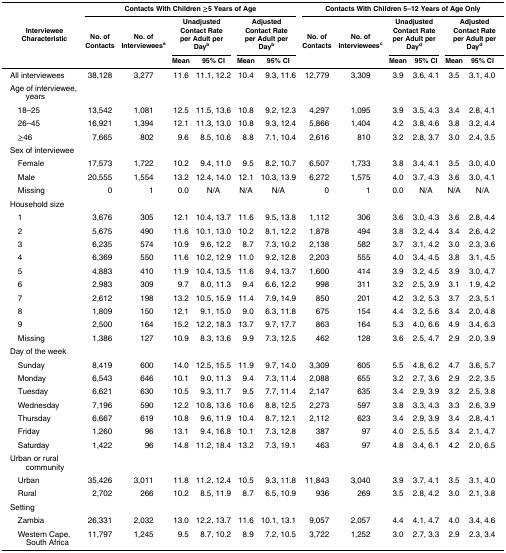
<table><thead><tr><td rowspan="3"><b>Interviewee Characteristic</b></td><td colspan="6"><b>Contacts With Children ≥5 Years of Age</b></td><td colspan="6"><b>Contacts With Children 5–12 Years of Age Only</b></td></tr><tr><td rowspan="2"><b>No. of Contacts</b></td><td rowspan="2"><b>No. of Interviewees<sup>a</sup></b></td><td colspan="2"><b>Unadjusted Contact Rate per Adult per Day<sup>b</sup></b></td><td colspan="2"><b>Adjusted Contact Rate per Adult per Day<sup>b</sup></b></td><td rowspan="2"><b>No. of Contacts</b></td><td rowspan="2"><b>No. of Interviewees<sup>c</sup></b></td><td colspan="2"><b>Unadjusted Contact Rate per Adult per Day<sup>d</sup></b></td><td colspan="2"><b>Adjusted Contact Rate per Adult per Day<sup>d</sup></b></td></tr><tr><td><b>Mean</b></td><td><b>95% CI</b></td><td><b>Mean</b></td><td><b>95% CI</b></td><td><b>Mean</b></td><td><b>95% CI</b></td><td><b>Mean</b></td><td><b>95% CI</b></td></tr></thead><tbody><tr><td>All interviewees</td><td>38,128</td><td>3,277</td><td>11.6</td><td>11.1, 12.2</td><td>10.4</td><td>9.3, 11.6</td><td>12,779</td><td>3,309</td><td>3.9</td><td>3.6, 4.1</td><td>3.5</td><td>3.1, 4.0</td></tr><tr><td>Age of interviewee, years</td><td></td><td></td><td></td><td></td><td></td><td></td><td></td><td></td><td></td><td></td><td></td><td></td></tr><tr><td> 18–25</td><td>13,542</td><td>1,081</td><td>12.5</td><td>11.5, 13.6</td><td>10.8</td><td>9.2, 12.3</td><td>4,297</td><td>1,095</td><td>3.9</td><td>3.5, 4.3</td><td>3.4</td><td>2.8, 4.1</td></tr><tr><td> 26–45</td><td>16,921</td><td>1,394</td><td>12.1</td><td>11.3, 13.0</td><td>10.8</td><td>9.3, 12.4</td><td>5,866</td><td>1,404</td><td>4.2</td><td>3.8, 4.6</td><td>3.8</td><td>3.2, 4.4</td></tr><tr><td> ≥46</td><td>7,665</td><td>802</td><td>9.6</td><td>8.5, 10.6</td><td>8.8</td><td>7.1, 10.4</td><td>2,616</td><td>810</td><td>3.2</td><td>2.8, 3.7</td><td>3.0</td><td>2.4, 3.5</td></tr><tr><td>Sex of interviewee</td><td></td><td></td><td></td><td></td><td></td><td></td><td></td><td></td><td></td><td></td><td></td><td></td></tr><tr><td> Female</td><td>17,573</td><td>1,722</td><td>10.2</td><td>9.4, 11.0</td><td>9.5</td><td>8.2, 10.7</td><td>6,507</td><td>1,733</td><td>3.8</td><td>3.4, 4.1</td><td>3.5</td><td>3.0, 4.0</td></tr><tr><td> Male</td><td>20,555</td><td>1,554</td><td>13.2</td><td>12.4, 14.0</td><td>12.1</td><td>10.3, 13.9</td><td>6,272</td><td>1,575</td><td>4.0</td><td>3.7, 4.3</td><td>3.6</td><td>3.0, 4.1</td></tr><tr><td> Missing</td><td>0</td><td>1</td><td>0.0</td><td>N/A</td><td>N/A</td><td>N/A</td><td>0</td><td>1</td><td>0.0</td><td>N/A</td><td>N/A</td><td>N/A</td></tr><tr><td>Household size</td><td></td><td></td><td></td><td></td><td></td><td></td><td></td><td></td><td></td><td></td><td></td><td></td></tr><tr><td> 1</td><td>3,676</td><td>305</td><td>12.1</td><td>10.4, 13.7</td><td>11.6</td><td>9.5, 13.8</td><td>1,112</td><td>306</td><td>3.6</td><td>3.0, 4.3</td><td>3.6</td><td>2.8, 4.4</td></tr><tr><td> 2</td><td>5,675</td><td>490</td><td>11.6</td><td>10.1, 13.0</td><td>10.2</td><td>8.1, 12.2</td><td>1,878</td><td>494</td><td>3.8</td><td>3.2, 4.4</td><td>3.4</td><td>2.6, 4.2</td></tr><tr><td> 3</td><td>6,235</td><td>574</td><td>10.9</td><td>9.6, 12.2</td><td>8.7</td><td>7.3, 10.2</td><td>2,138</td><td>582</td><td>3.7</td><td>3.1, 4.2</td><td>3.0</td><td>2.3, 3.6</td></tr><tr><td> 4</td><td>6,369</td><td>550</td><td>11.6</td><td>10.2, 12.9</td><td>11.0</td><td>9.2, 12.8</td><td>2,203</td><td>555</td><td>4.0</td><td>3.4, 4.5</td><td>3.8</td><td>3.1, 4.5</td></tr><tr><td> 5</td><td>4,883</td><td>410</td><td>11.9</td><td>10.4, 13.5</td><td>11.6</td><td>9.4, 13.7</td><td>1,600</td><td>414</td><td>3.9</td><td>3.2, 4.5</td><td>3.9</td><td>3.0, 4.7</td></tr><tr><td> 6</td><td>2,983</td><td>309</td><td>9.7</td><td>8.0, 11.3</td><td>9.4</td><td>6.6, 12.2</td><td>998</td><td>311</td><td>3.2</td><td>2.5, 3.9</td><td>3.1</td><td>1.9, 4.2</td></tr><tr><td> 7</td><td>2,612</td><td>198</td><td>13.2</td><td>10.5, 15.9</td><td>11.4</td><td>7.9, 14.9</td><td>850</td><td>201</td><td>4.2</td><td>3.2, 5.3</td><td>3.7</td><td>2.3, 5.1</td></tr><tr><td> 8</td><td>1,809</td><td>150</td><td>12.1</td><td>9.1, 15.0</td><td>9.0</td><td>6.3, 11.8</td><td>675</td><td>154</td><td>4.4</td><td>3.2, 5.6</td><td>3.4</td><td>2.0, 4.8</td></tr><tr><td> 9</td><td>2,500</td><td>164</td><td>15.2</td><td>12.2, 18.3</td><td>13.7</td><td>9.7, 17.7</td><td>863</td><td>164</td><td>5.3</td><td>4.0, 6.6</td><td>4.9</td><td>3.4, 6.3</td></tr><tr><td> Missing</td><td>1,386</td><td>127</td><td>10.9</td><td>8.3, 13.6</td><td>9.9</td><td>7.3, 12.5</td><td>462</td><td>128</td><td>3.6</td><td>2.5, 4.7</td><td>2.9</td><td>2.0, 3.9</td></tr><tr><td>Day of the week</td><td></td><td></td><td></td><td></td><td></td><td></td><td></td><td></td><td></td><td></td><td></td><td></td></tr><tr><td> Sunday</td><td>8,419</td><td>600</td><td>14.0</td><td>12.5, 15.5</td><td>11.9</td><td>9.7, 14.0</td><td>3,309</td><td>605</td><td>5.5</td><td>4.8, 6.2</td><td>4.7</td><td>3.6, 5.7</td></tr><tr><td> Monday</td><td>6,543</td><td>646</td><td>10.1</td><td>9.0, 11.3</td><td>9.4</td><td>7.3, 11.4</td><td>2,088</td><td>655</td><td>3.2</td><td>2.7, 3.6</td><td>2.9</td><td>2.2, 3.5</td></tr><tr><td> Tuesday</td><td>6,621</td><td>630</td><td>10.5</td><td>9.3, 11.7</td><td>9.5</td><td>7.7, 11.4</td><td>2,147</td><td>635</td><td>3.4</td><td>2.9, 3.9</td><td>3.2</td><td>2.5, 3.8</td></tr><tr><td> Wednesday</td><td>7,196</td><td>590</td><td>12.2</td><td>10.8, 13.6</td><td>10.6</td><td>8.8, 12.5</td><td>2,273</td><td>597</td><td>3.8</td><td>3.3, 4.3</td><td>3.3</td><td>2.6, 3.9</td></tr><tr><td> Thursday</td><td>6,667</td><td>619</td><td>10.8</td><td>9.6, 11.9</td><td>10.4</td><td>8.7, 12.1</td><td>2,112</td><td>623</td><td>3.4</td><td>2.9, 3.9</td><td>3.4</td><td>2.8, 4.1</td></tr><tr><td> Friday</td><td>1,260</td><td>96</td><td>13.1</td><td>9.4, 16.8</td><td>10.1</td><td>7.3, 12.8</td><td>387</td><td>97</td><td>4.0</td><td>2.5, 5.5</td><td>3.4</td><td>2.1, 4.7</td></tr><tr><td> Saturday</td><td>1,422</td><td>96</td><td>14.8</td><td>11.2, 18.4</td><td>13.2</td><td>7.3, 19.1</td><td>463</td><td>97</td><td>4.8</td><td>3.4, 6.1</td><td>4.2</td><td>2.0, 6.5</td></tr><tr><td>Urban or rural community</td><td></td><td></td><td></td><td></td><td></td><td></td><td></td><td></td><td></td><td></td><td></td><td></td></tr><tr><td> Urban</td><td>35,426</td><td>3,011</td><td>11.8</td><td>11.2, 12.4</td><td>10.5</td><td>9.3, 11.8</td><td>11,843</td><td>3,040</td><td>3.9</td><td>3.7, 4.1</td><td>3.5</td><td>3.1, 4.0</td></tr><tr><td> Rural</td><td>2,702</td><td>266</td><td>10.2</td><td>8.5, 11.9</td><td>8.7</td><td>6.5, 10.9</td><td>936</td><td>269</td><td>3.5</td><td>2.8, 4.2</td><td>3.0</td><td>2.1, 3.8</td></tr><tr><td>Setting</td><td></td><td></td><td></td><td></td><td></td><td></td><td></td><td></td><td></td><td></td><td></td><td></td></tr><tr><td> Zambia</td><td>26,331</td><td>2,032</td><td>13.0</td><td>12.2, 13.7</td><td>11.6</td><td>10.1, 13.1</td><td>9,057</td><td>2,057</td><td>4.4</td><td>4.1, 4.7</td><td>4.0</td><td>3.4, 4.6</td></tr><tr><td> Western Cape, South Africa</td><td>11,797</td><td>1,245</td><td>9.5</td><td>8.7, 10.2</td><td>8.9</td><td>7.2, 10.5</td><td>3,722</td><td>1,252</td><td>3.0</td><td>2.7, 3.3</td><td>2.9</td><td>2.3, 3.4</td></tr></tbody></table>